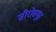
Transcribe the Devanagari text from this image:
सीरोसमूह